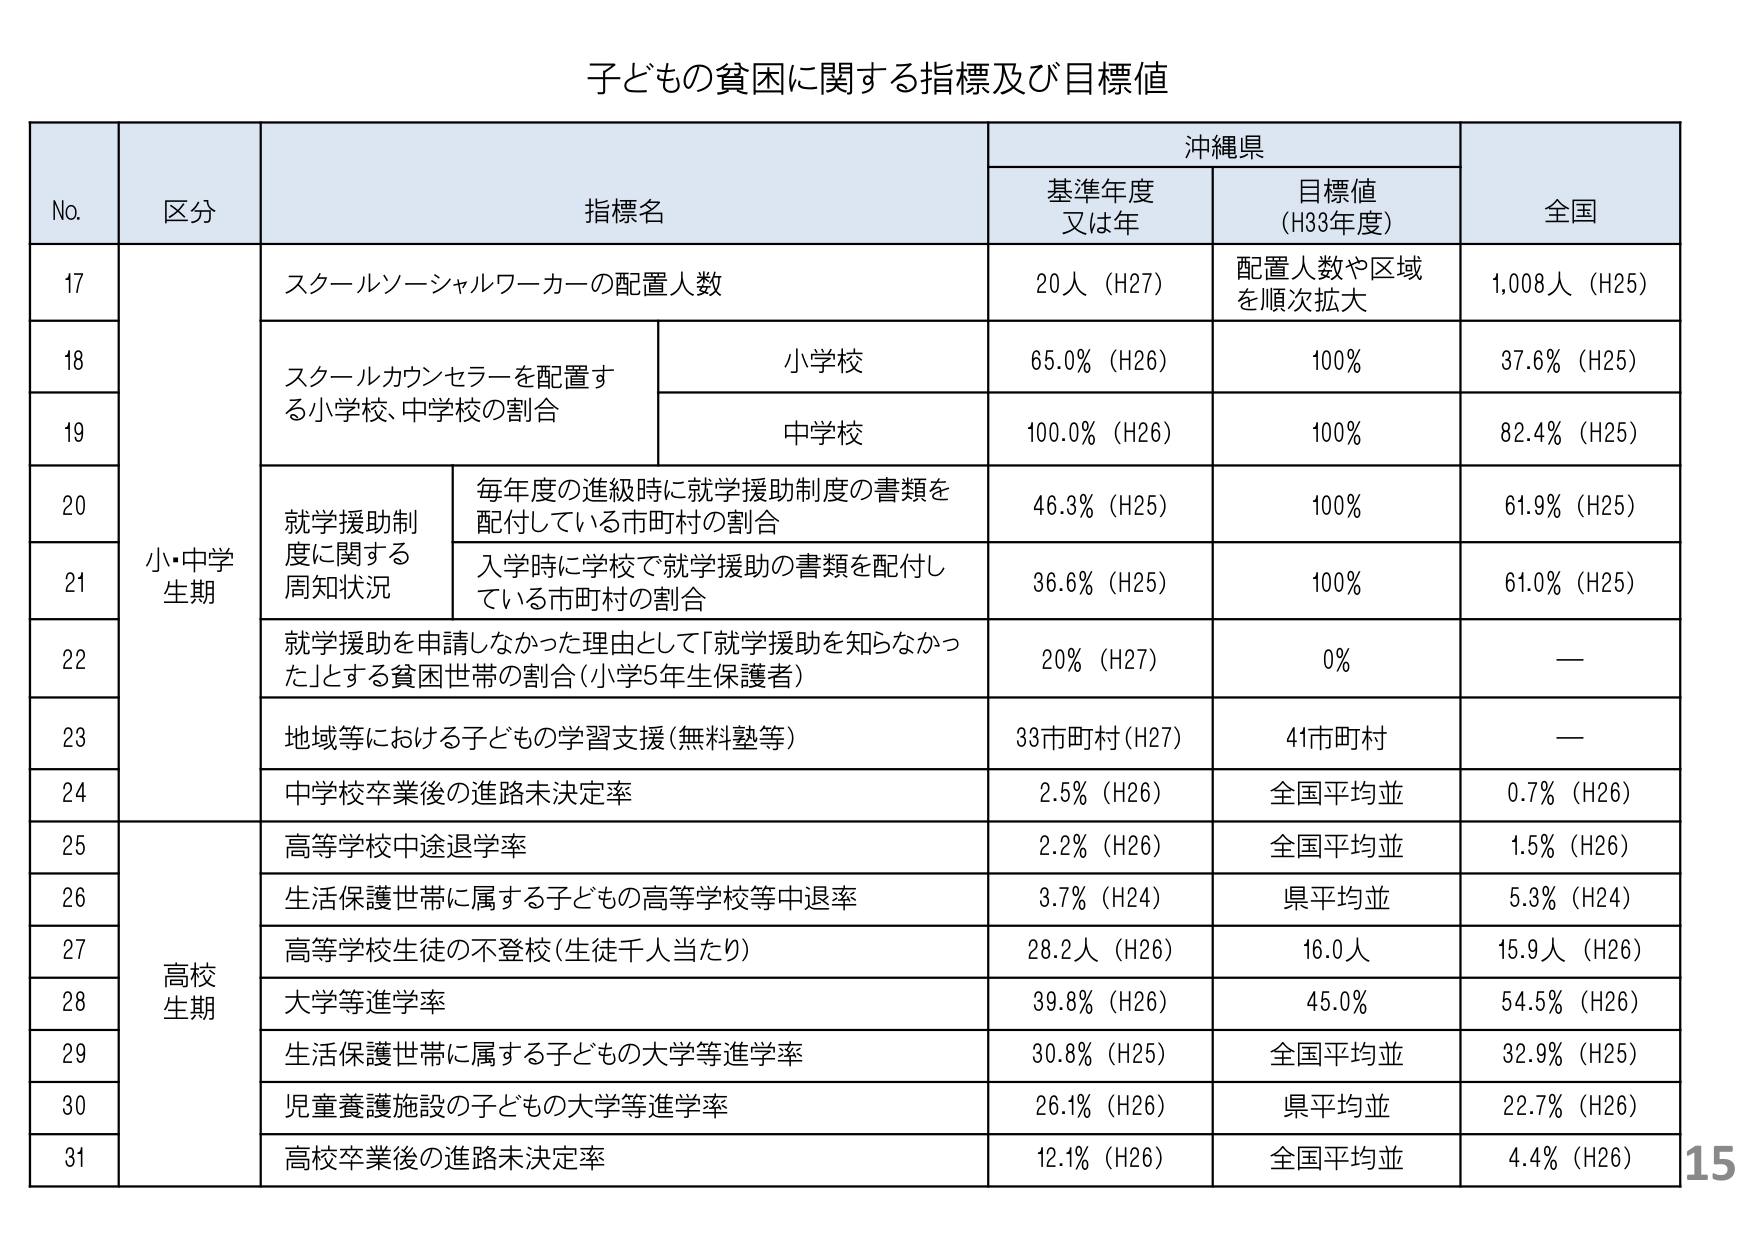
子ども の 貧困 に関する 指標 及び 目標値

No. 区分 指標名 沖縄県 全国
基準年度 又は年 目標値 (H33年度)

17 小・中学 生期 スクールソーシャルワーカーの配置人数 20人 (H27) 配置人数や区域を順次拡大 1,008人 (H25)

18 スクールカウンセラーを配置する小学校、中学校の割合 小学校 65.0% (H26) 100% 37.6% (H25)

19 中学校 100.0% (H26) 100% 82.4% (H25)

20 就学援助制度に関する周知状況 毎年度の進級時に就学援助制度の書類を配付している市町村の割合 46.3% (H25) 100% 61.9% (H25)

21 入学時に学校で就学援助の書類を配付している市町村の割合 36.6% (H25) 100% 61.0% (H25)

22 就学援助を申請しなかった理由として「就学援助を知らなかった」とする貧困世帯の割合（小学5年生保護者） 20% (H27) 0% —

23 地域等における子どもの学習支援（無料塾等） 33市町村 (H27) 41市町村 —

24 中学校卒業後の進路未決定率 2.5% (H26) 全国平均並 0.7% (H26)

25 高校 生期 高等学校中途退学率 2.2% (H26) 全国平均並 1.5% (H26)

26 生活保護世帯に属する子どもの高等学校等中退率 3.7% (H24) 県平均並 5.3% (H24)

27 高等学校生徒の不登校（生徒千人当たり） 28.2人 (H26) 16.0人 15.9人 (H26)

28 大学等進学率 39.8% (H26) 45.0% 54.5% (H26)

29 生活保護世帯に属する子どもの大学等進学率 30.8% (H25) 全国平均並 32.9% (H25)

30 児童養護施設の子どもの大学等進学率 26.1% (H26) 県平均並 22.7% (H26)

31 高校卒業後の進路未決定率 12.1% (H26) 全国平均並 4.4% (H26)

15